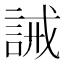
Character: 誡